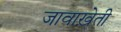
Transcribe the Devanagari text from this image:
जावाख़ेती